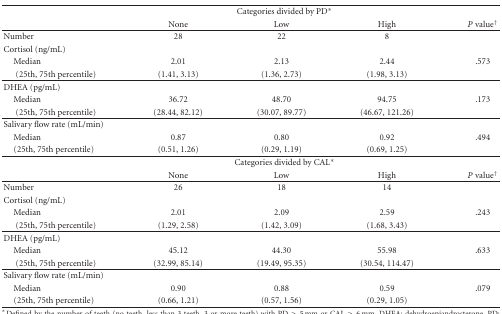
<table><thead><tr><td></td><td colspan="3"><b>Categories divided by PD*</b></td><td></td></tr><tr><td></td><td><b>None</b></td><td><b>Low</b></td><td><b>High</b></td><td><b><i>P</i> value<sup>†</sup></b></td></tr></thead><tbody><tr><td>Number</td><td>28</td><td>22</td><td>8</td><td></td></tr><tr><td>Cortisol (ng/mL)</td><td></td><td></td><td></td><td></td></tr><tr><td> Median</td><td>2.01</td><td> 2.13</td><td>2.44</td><td> .573</td></tr><tr><td>(25th, 75th percentile)</td><td>(1.41, 3.13)</td><td> (1.36, 2.73)</td><td>(1.98, 3.13)</td><td></td></tr><tr><td>DHEA (pg/mL)</td><td></td><td></td><td></td><td></td></tr><tr><td> Median</td><td> 36.72</td><td> 48.70</td><td>94.75</td><td> .173</td></tr><tr><td>(25th, 75th percentile)</td><td> (28.44, 82.12)</td><td> (30.07, 89.77)</td><td>(46.67, 121.26)</td><td></td></tr><tr><td>Salivary flow rate (mL/min)</td><td></td><td></td><td></td><td></td></tr><tr><td> Median</td><td> 0.87</td><td>0.80</td><td>0.92</td><td>.494</td></tr><tr><td> (25th, 75th percentile)</td><td> (0.51, 1.26)</td><td>(0.29, 1.19)</td><td>(0.69, 1.25)</td><td></td></tr><tr><td></td><td colspan="3">Categories divided by CAL*</td><td></td></tr><tr><td></td><td>None</td><td>Low</td><td>High</td><td><i>P</i> value<sup>†</sup></td></tr><tr><td>Number</td><td>26</td><td>18</td><td>14</td><td></td></tr><tr><td>Cortisol (ng/mL)</td><td></td><td></td><td></td><td></td></tr><tr><td> Median</td><td>2.01</td><td> 2.09</td><td>2.59</td><td> .243</td></tr><tr><td>(25th, 75th percentile)</td><td>(1.29, 2.58)</td><td> (1.42, 3.09)</td><td>(1.68, 3.43)</td><td></td></tr><tr><td>DHEA (pg/mL)</td><td></td><td></td><td></td><td></td></tr><tr><td> Median</td><td> 45.12</td><td> 44.30</td><td>55.98</td><td> .633</td></tr><tr><td>(25th, 75th percentile)</td><td> (32.99, 85.14)</td><td> (19.49, 95.35)</td><td>(30.54, 114.47)</td><td></td></tr><tr><td>Salivary flow rate (mL/min)</td><td></td><td></td><td></td><td></td></tr><tr><td> Median</td><td> 0.90</td><td>0.88</td><td>0.59</td><td>.079</td></tr><tr><td> (25th, 75th percentile)</td><td> (0.66, 1.21)</td><td>(0.57, 1.56)</td><td>(0.29, 1.05)</td><td></td></tr></tbody></table>